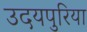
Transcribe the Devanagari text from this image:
उदयपुरिया